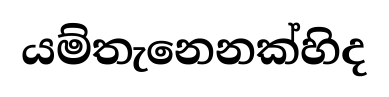
යම්තැනෙනක්හිද